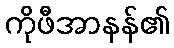
ကိုဖီအာနန်၏